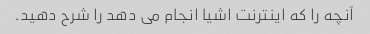
آنچه را که اینترنت اشیا انجام می دهد را شرح دهید.